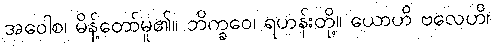
အဝေါစ၊ မိန့်တော်မူ၏။ ဘိက္ခဝေ၊ ရဟန်းတို့။ ယောဟိ ဗလေဟိ၊